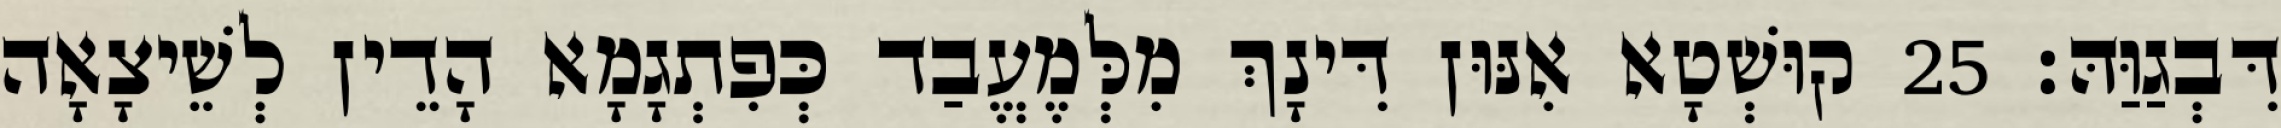
דִּבְגַוַּהּ׃ 25 קוּשְׁטָא אִנּוּן דִּינָךְ מִלְּמֶעֱבַד כְּפִתְגָמָא הָדֵין לְשֵׁיצָאָה